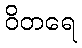
ဝိတရေ